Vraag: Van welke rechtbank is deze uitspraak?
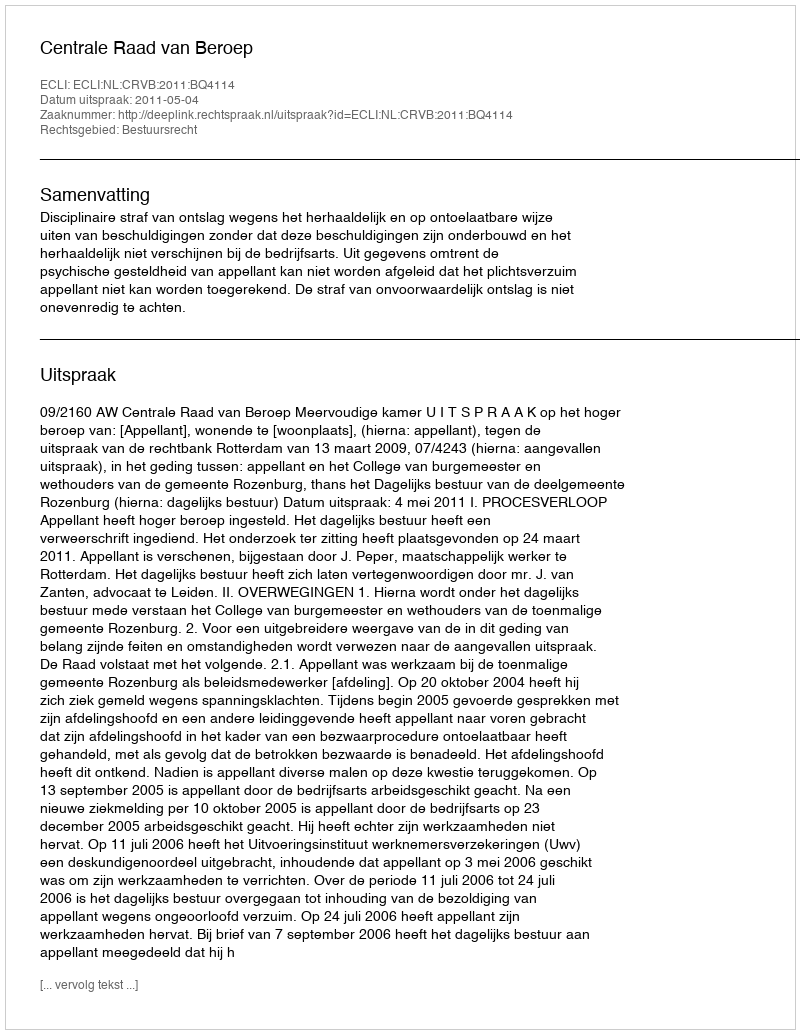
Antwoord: Centrale Raad van Beroep